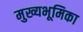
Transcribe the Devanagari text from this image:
मुख्यभूमिका